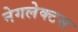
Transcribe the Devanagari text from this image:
नेगलेक्टस